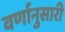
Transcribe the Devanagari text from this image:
वर्णानुसारी